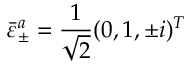
\bar { \varepsilon } _ { \pm } ^ { a } = \frac { 1 } { \sqrt 2 } ( 0 , 1 , \pm i ) ^ { T }